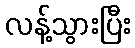
လန့်သွားပြီး